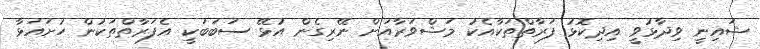
ޝައިނީ ވިދާޅުވީ އިދިކޮޅު ފަރާތްތަކާއެކު މަޝްވަރާއަށް ނޭރިގެން އުޅޭ ސަބަބަކީ އެފަރާތްތަކުން ހުށައަޅާ